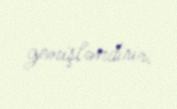
genişləndirir.